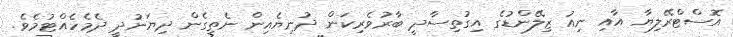
އޮސްޓްރޭލިޔާ އާއި ނިއު ޒިލޭންޑުގެ އިގުތިސާދީ ބާރުވެރިކަން ދުނިޔެއިން ނެތިގެން ދިޔަނުދީ ދެމެހެއްޓުމެވެ.